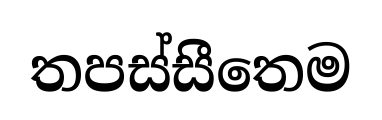
තපස්සීතෙම